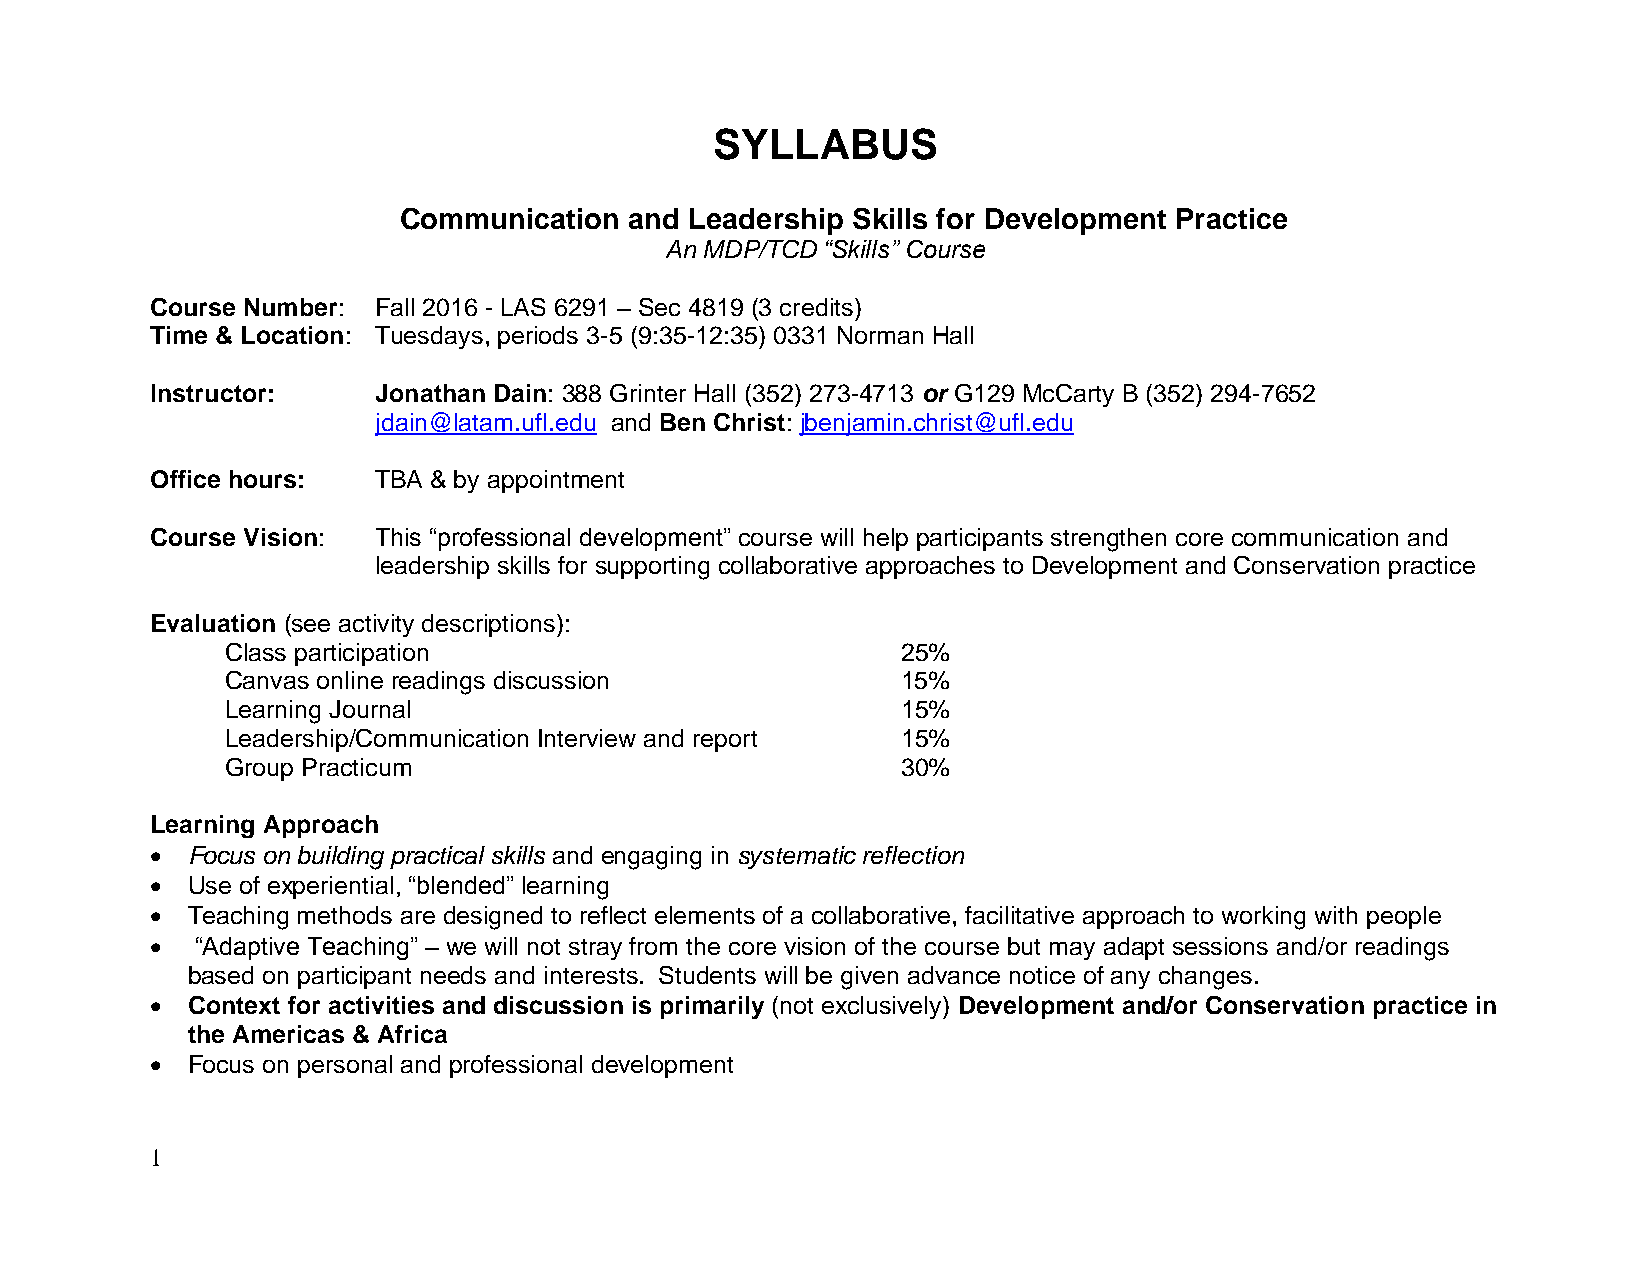
SYLLABUS
 Communication   and Leadership Skills for Development Practice
 An MDP/TCD “Skills” Course
 Course Number: Fall 2016 - LAS 6291 – Sec 4819 (3 credits)
 Time & Location: Tuesdays, periods 3-5 (9:35-12:35) 0331 Norman Hall
 Instructor:    Jonathan Dain: 388 Grinter Hall (352) 273-4713 or G129 McCarty B (352) 294-7652
 jdain@latam.ufl.edu and Ben Christ: jbenjamin.christ@ufl.edu
 Office hours:  TBA & by appointment
 Course Vision: This “professional development” course will help participants strengthen core communication and
 leadership skills for supporting collaborative approaches to Development and Conservation practice
 Evaluation (see activity descriptions):
 Class participation                          25%
 Canvas online readings discussion            15%
 Learning Journal                             15%
 Leadership/Communication Interview and report 15%
 Group Practicum                              30%
 Learning Approach
  Focus on building practical skills and engaging in systematic reflection
  Use of experiential, “blended” learning
  Teaching methods are designed to reflect elements of a collaborative, facilitative approach to working with people
   “Adaptive Teaching” – we will not stray from the core vision of the course but may adapt sessions and/or readings
 based on participant needs and interests. Students will be given advance notice of any changes.
  Context for activities and discussion is primarily (not exclusively) Development and/or Conservation practice in
 the Americas & Africa
  Focus on personal and professional development
 1